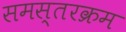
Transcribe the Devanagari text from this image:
समस्तरक्रम